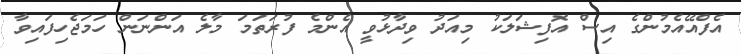
އެފްއޭއެމުންގެ އިސް އޮފިޝަލަކު މިއަދު ވިދާޅުވީ އެންމެ ފުރަތަމަ މާލެ އަންނަން ހަމަޖެހިފައިވާ